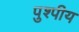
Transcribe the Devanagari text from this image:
पुश्पीय